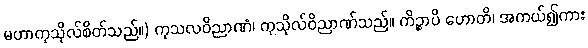
မဟာကုသိုလ်စိတ်သည်။) ကုသလဝိညာဏံ၊ ကုသိုလ်ဝိညာဏ်သည်။ ကိဉ္စာပိ ဟောတိ၊ အကယ်၍ကား